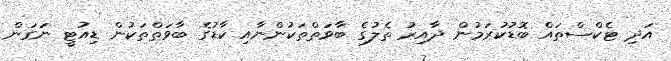
އަދި ޓެކްސްތައް ބޮޑުކުރަމުން ދާއިރު ތެލުގެ ބާވަތްތަކުންނާއި ކާޑުގެ ބާވަތްތަކުން ޑިއުޓީ ނަގަން